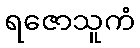
ရဇောသူကံ